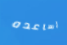
أساعده